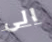
الى